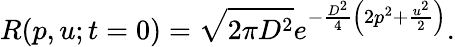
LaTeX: R(p,u;t=0)=\sqrt{2\pi D^{2}}e^{-\frac{D^{2}}{4}\left(2p^{2}+\frac{u^{2}}{2}\right)}.